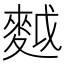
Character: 𪌝